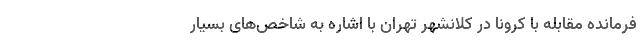
فرمانده مقابله با کرونا در کلانشهر تهران با اشاره به شاخص‌های بسیار